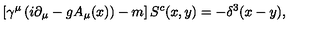
\left[ \gamma ^ { \mu } \left( i \partial _ { \mu } - g A _ { \mu } ( x ) \right) - m \right] S ^ { c } ( x , y ) = - \delta ^ { 3 } ( x - y ) ,